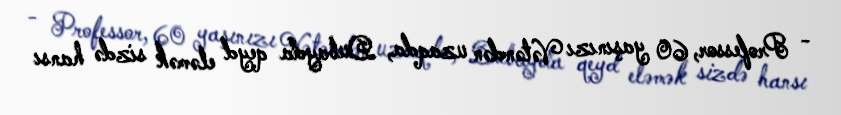
- Professor, 60 yaşınızı Vətəndən uzaqda, Dubayda qeyd eləmək sizdə hansı